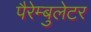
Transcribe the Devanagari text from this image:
पैरेम्बुलेटर